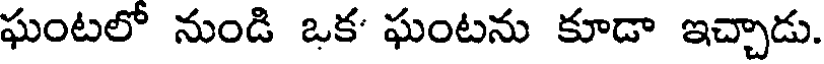
ఘంటలో నుండి ఒక' ఘంటను కూడా ఇచ్చాడు.